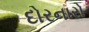
દોરનારો